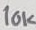
Text: 10KΩ